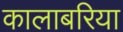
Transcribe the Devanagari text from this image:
कालाबरिया